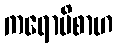
ကရောမိစာဟ